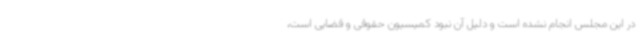
در این مجلس انجام نشده است و دلیل آن نبود کمیسیون حقوقی و قضایی است،